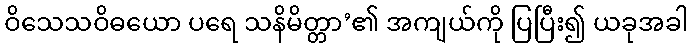
ဝိသေသဝိဓယော ပရေ သနိမိတ္တာ’၏ အကျယ်ကို ပြပြီး၍ ယခုအခါ